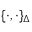
{ \{ \cdot , \cdot \} _ { \Delta } }